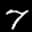
Label: 7